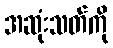
အဆုံးသတ်ကို